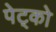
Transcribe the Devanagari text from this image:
पेट्को